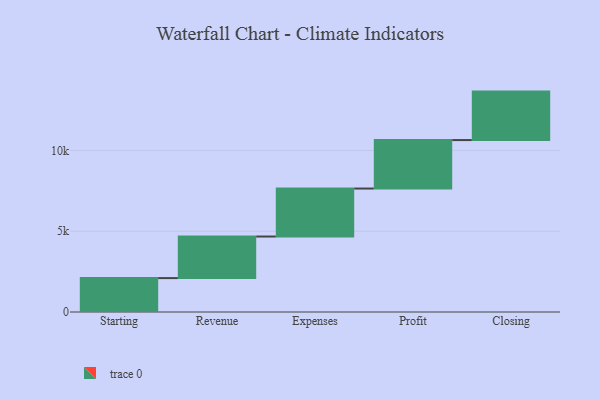
{"axis": {"x": "Step", "y": "Value"}, "legend": [""], "data": [{"x": "Starting", "y": 2098.0, "type": ""}, {"x": "Revenue", "y": 2573.0, "type": ""}, {"x": "Expenses", "y": 2970.0, "type": ""}, {"x": "Profit", "y": 3000, "type": ""}, {"x": "Closing", "y": 3000, "type": ""}]}